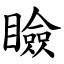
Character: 瞼